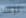
تيسا